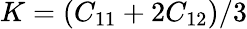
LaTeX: K=(C_{11}+2C_{12})/3